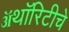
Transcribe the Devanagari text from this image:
ॲथॉरिटीचे